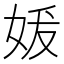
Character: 𪥲